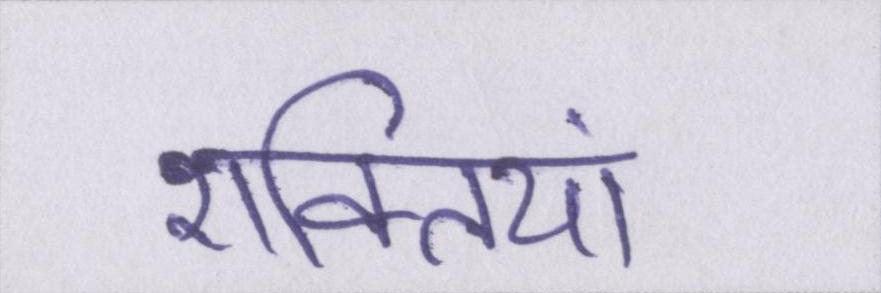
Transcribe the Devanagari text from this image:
शक्तियां